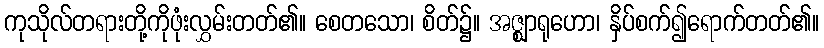
ကုသိုလ်တရားတို့ကိုဖုံးလွှမ်းတတ်၏။ စေတသော၊ စိတ်၌။ အဇ္ဈာရုဟော၊ နှိပ်စက်၍ရောက်တတ်၏။